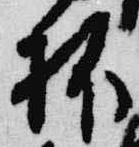
抔